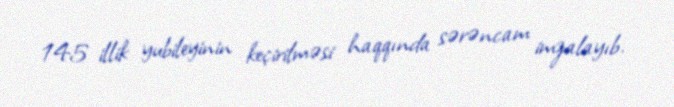
145 illik yubileyinin keçirilməsi haqqında sərəncam imzalayıb.